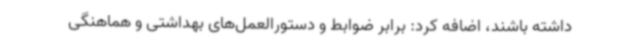
داشته باشند، اضافه کرد: برابر ضوابط و دستورالعمل‌های بهداشتی و هماهنگی